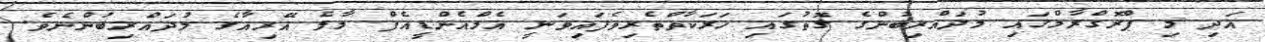
އަދި މި ޕްރޮގްރާމްގައި މުދައްރިބުންގެ ގޮތުގައި ހަރަކާތްތެރިވެފައިވަނީ އެމްއެންޑީއެފް މާލެ އޭރިއާގެ މުދައްރިބުންނެވެ.